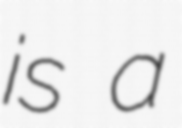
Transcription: is a